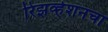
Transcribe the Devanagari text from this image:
रिझर्व्हेशनचा